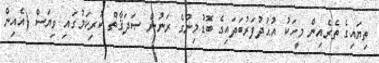
ތިޔައިގެ ތެރެއިން މީހަކު އުޙުދުފަރުބަދައިގެ ބޮޑުމިނުގެ ރަނުން ޞަދަޤާތް ކުރިކަމުގައި ވިޔަސް (އެއިން